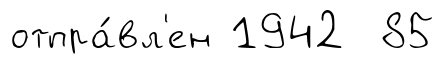
отпра́вл'ен 1942 85